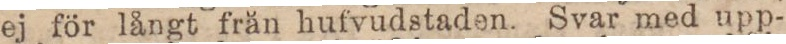
ej för långt från hufvudstaden. Svar med upp-